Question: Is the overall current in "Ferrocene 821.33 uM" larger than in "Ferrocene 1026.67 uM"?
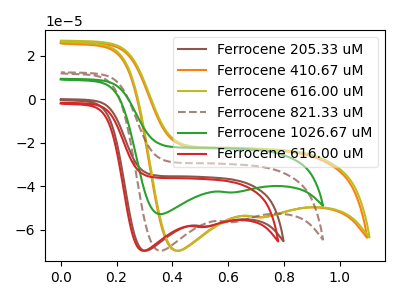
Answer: <think>The brown curve "Ferrocene 205.33 uM" has cathodic peaks at (0.30V, -69.60uA) (0.55V, -58.40uA). The orange curve "Ferrocene 410.67 uM" has cathodic peaks at (0.40V, -69.60uA) (0.75V, -54.20uA). The olive curve "Ferrocene 616.00 uM" has cathodic peaks at (0.40V, -69.60uA) (0.75V, -54.10uA). The brown dashed curve "Ferrocene 821.33 uM" has cathodic peaks at (0.35V, -69.60uA) (0.60V, -56.40uA). The green curve "Ferrocene 1026.67 uM" has cathodic peaks at (0.35V, -52.75uA) (0.60V, -42.80uA). The red curve "Ferrocene 616.00 uM" has cathodic peaks at (0.30V, -69.60uA) (0.50V, -58.65uA).
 All the peaks in "Ferrocene 821.33 uM" have a peak in "Ferrocene 1026.67 uM" at the same potential. Every peak in "Ferrocene 821.33 uM" is higher than every peak in "Ferrocene 1026.67 uM".</think>
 <answer>"Ferrocene 821.33 uM" has more signal than "Ferrocene 1026.67 uM".</answer>
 <eval>more_signal</eval>